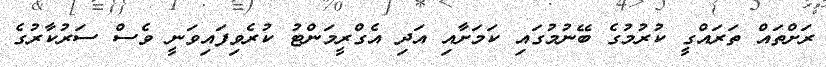
ރަށްތައް ތަރައްގީ ކުރުމުގެ ބޭނުމުގައި ކަމަށާއި އަދި އެގްރީމަންޓު ކުރެވިފައިވަނީ ވެސް ސަރުކާރުގެ